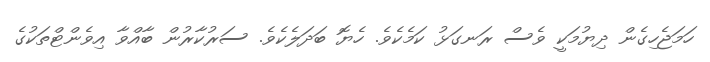
ހަމަޖެހިގެން ދިޔުމަކީ ވެސް ރަނގަޅު ކަމެކެވެ. ހެޔޮ ބަދަލެކެވެ. ސަރުކާރުން ބާއްވާ އިވެންޓްތަކުގެ